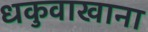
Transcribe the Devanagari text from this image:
धकुवाखाना